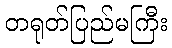
တရုတ်ပြည်မကြီး